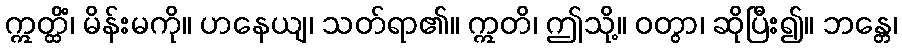
ဣတ္ထိံ၊ မိန်းမကို။ ဟနေယျ၊ သတ်ရာ၏။ ဣတိ၊ ဤသို့။ ဝတွာ၊ ဆိုပြီး၍။ ဘန္တေ၊